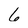
Character: 6